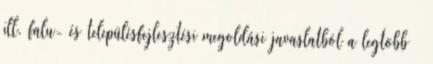
ill. falu- és településfejlesztési megoldási javaslatból a legtöbb –